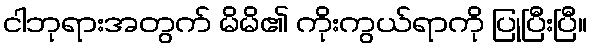
ငါဘုရားအတွက် မိမိ၏ ကိုးကွယ်ရာကို ပြုပြီးပြီ။